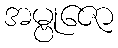
အမ္ဗုဇော